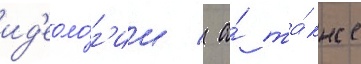
ид'еоло́г'ии / а́ та́кже